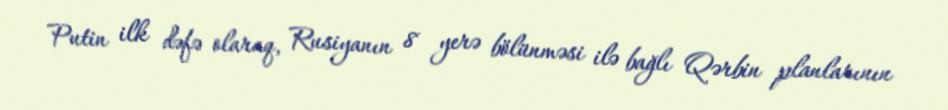
Putin ilk dəfə olaraq, Rusiyanın 8 yerə bölünməsi ilə bağlı Qərbin planlarının